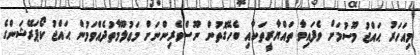
މިއަހަރު ޙައްޖު މޫސުމަށް ވެފައިވާ ތައްޔާރީތަކާއި ބެހޭގޮތުން ނޫސްވެރިންނަށް މަޢުލޫމާތުދެއްވަމުން ޙައްޖު ކޯޕަރޭޝަންގެ